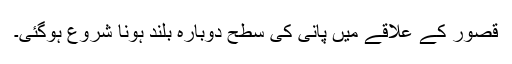
قصور کے علاقے میں پانی کی سطح دوبارہ بلند ہونا شروع ہوگئی۔